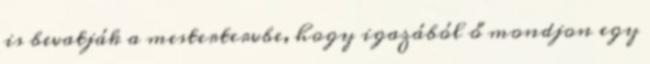
is bevatják a mestertervbe, hogy igazából ő mondjon egy